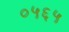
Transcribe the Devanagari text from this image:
०५६५